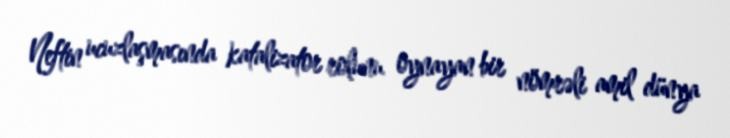
Neftin ucuzlaşmasında katalizator rolunu oynayan bir nömrəli amil dünya